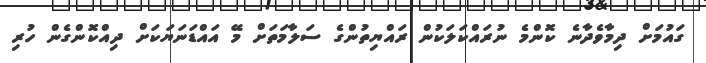
ގައުމަށް ދިމާވެދާނެ ކޮންމެ ނުރައްކަލަކުން ރައްޔިތުންގެ ސަލާމަތަށް މޭ އައްޑަނަޔަކަށް ދިއްކޮންގެން ހުރި